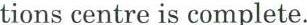
tions centre is complete.